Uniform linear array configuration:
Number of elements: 4
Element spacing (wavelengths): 0.75
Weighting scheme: hamming
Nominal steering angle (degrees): -60
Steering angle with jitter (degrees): -60.536
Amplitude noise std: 0.05
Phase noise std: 0.05

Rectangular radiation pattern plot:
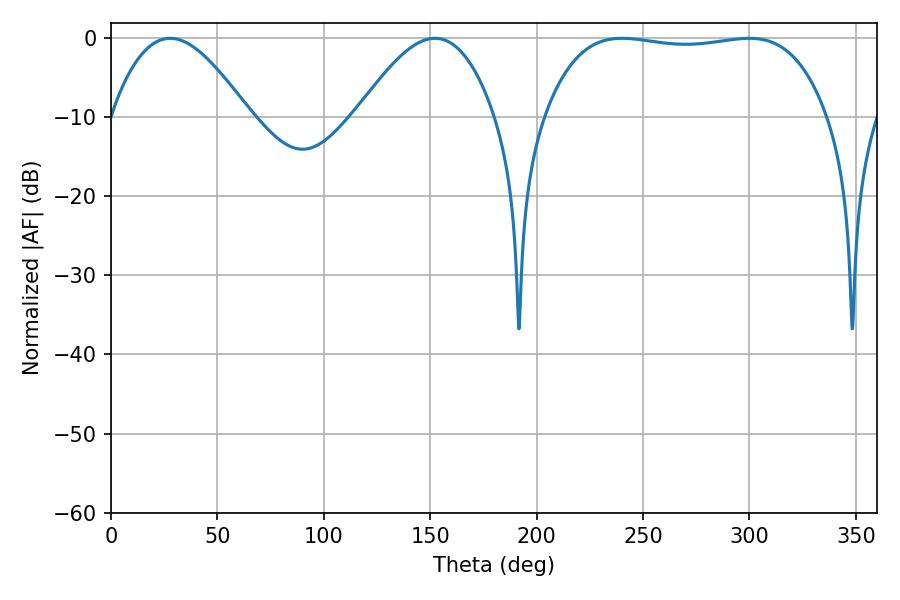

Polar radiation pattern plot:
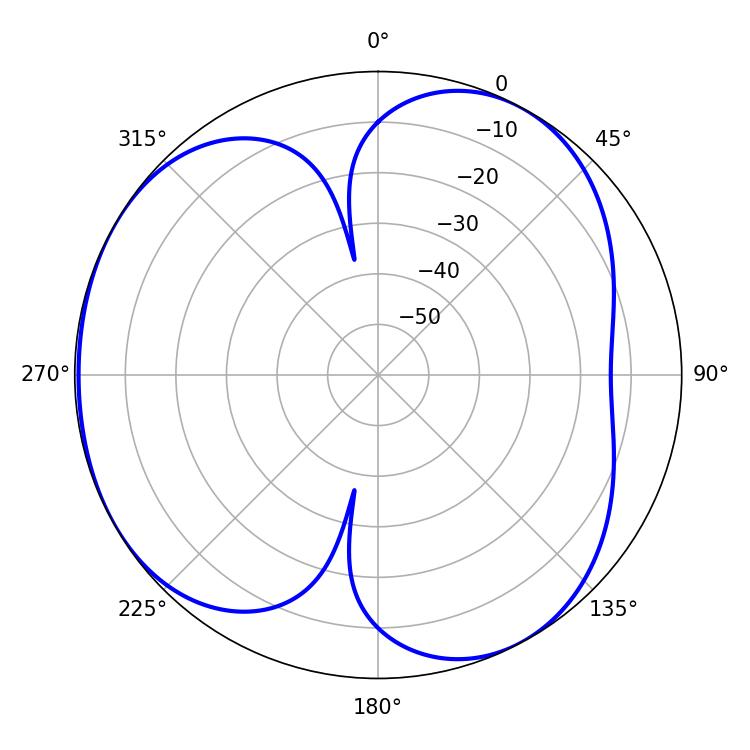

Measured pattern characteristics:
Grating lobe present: TRUE
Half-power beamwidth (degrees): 105.48
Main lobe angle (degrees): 240.12